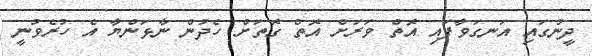
ދީނުގައި އަނގަވާފައި އޮތް ވަރަށް އޮތް ގޮތަށް ހެދުން ނާޅަންޔާ އެ ހުރެވުނީ